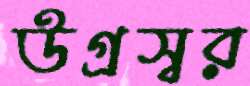
উগ্রস্বর